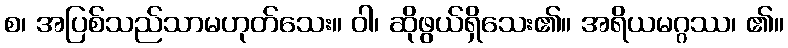
စ၊ အပြစ်သည်သာမဟုတ်သေး။ ဝါ၊ ဆိုဖွယ်ရှိသေး၏။ အရိယမဂ္ဂဿ၊ ၏။